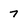
Character: 7